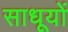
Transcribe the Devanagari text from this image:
साधूयों